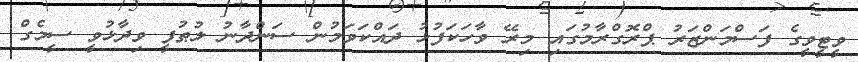
ވީޓީވީގެ ފަސްމަންޒަރު ޕްރޮގްރާމުގައި މިރޭ ވާހަކަފުޅު ދައްކަވަމުން ސަންދާނު ލުޠުފީ ވިދާޅުވީ ސީމެގް